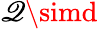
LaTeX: \mathscr{Q}\simd